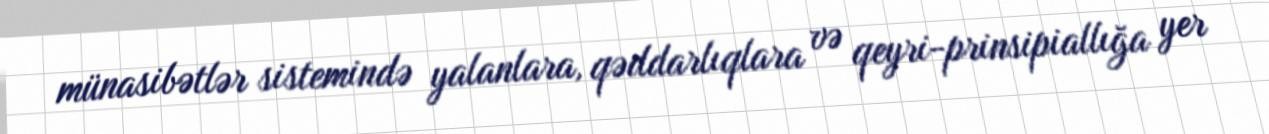
münasibətlər sistemində yalanlara, qəddarlıqlara və qeyri-prinsipiallığa yer